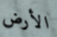
الأرض